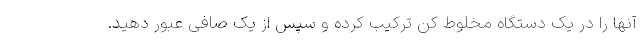
آنها را در یک دستگاه مخلوط کن ترکیب کرده و سپس از یک صافی عبور دهید.